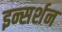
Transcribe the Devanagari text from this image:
इन्सर्शन